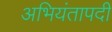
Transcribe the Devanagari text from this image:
अभियंतापदी